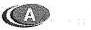
A